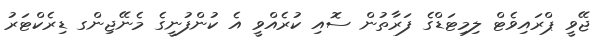
ޖޭވީ ޕްރައިވެޓް ލިމިޓަޑްގެ ފަރާތުން ސޮއި ކުރެއްވީ އެ ކުންފުނީގެ މެނޭޖިންގ ޑިރެކްޓަރު